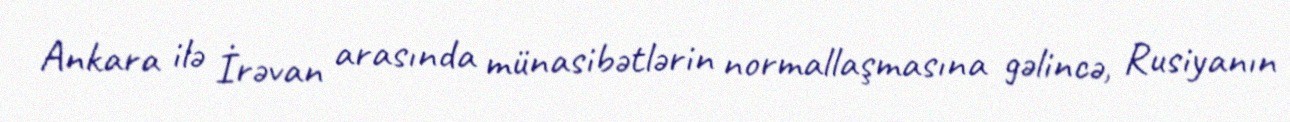
Ankara ilə İrəvan arasında münasibətlərin normallaşmasına gəlincə, Rusiyanın